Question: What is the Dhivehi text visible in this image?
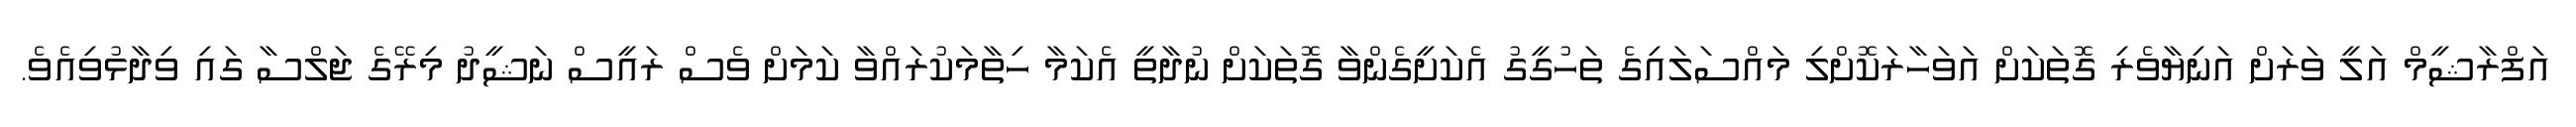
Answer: އަފްރާޝީމް އަލީ ވަރަށް އަނިޔާވެރި ގޮތަކަށް އަވަހާރަކޮށްލި މައްސަލައިގެ ތަހުގީގު އެކަށީގެންވާ ގޮތަކަށް ނުދާތީ އެކަމާ ހިތާމަކުރައްވާ ކަމަށް ވެސް ރައީސް ނަޝީދު މިރޭގެ ޖަލްސާ ގައި ވިދާޅުވިއެވެ.